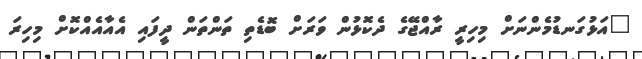
"އަޅުގަނޑުމެންނަށް މިހިރީ ރާއްޖޭގެ ދެކޮޅުން ވަރަށް ބޮޑެތި ތަންތަން ދީފައި އެއާއެއްކޮށް މިހިރަ